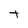
Character: t